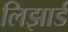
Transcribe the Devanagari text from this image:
लिझार्ड